Lunatic asylums United Provinces 1899-1908 - 1899-1908
Year: 1899
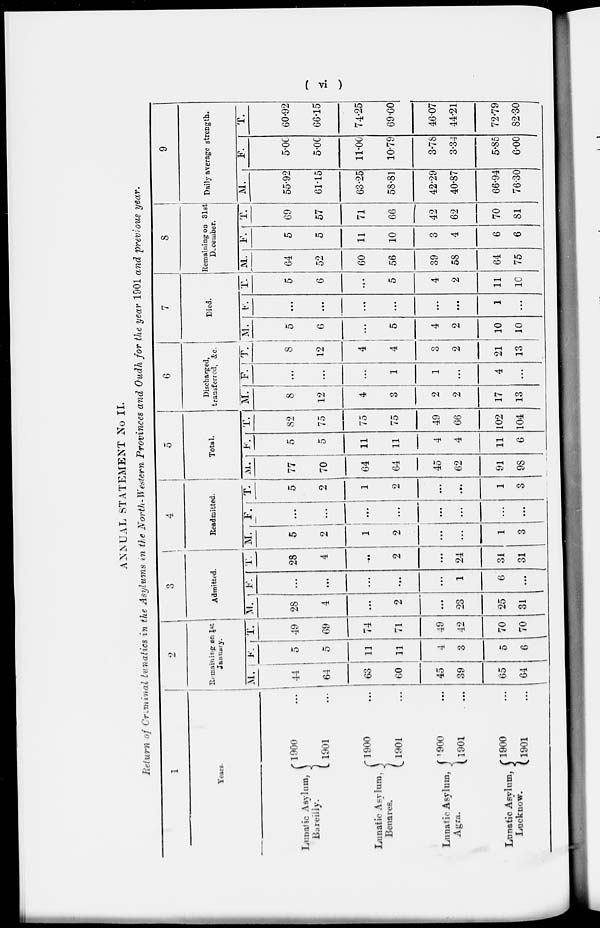
( vi )
ANNUAL STATEMENT No II.
Return of Criminal lunatics in the Asylums in the North-Western Provinces and Oudh for the year 1901 and previous year.
1
Years.
Lunatic Asylum,
Bareilly.
Lunatic Asylum.
Benares.
Lunatic Asylum,
Agra.
Lunatic Asylum,
Lucknow.
1900 ...
1901 ...
1900 ...
1901 ...
1900 ...
1901 ...
1900 ...
1901 ...
2
Remaining on 1st
January.
M.
44
64
63
60
45
39
65
64
F.
5
5
11
11
4
3
5
6
T.
49
69
74
71
49
42
70
70
3
Admitted.
M.
28
4
...
2
...
23
25
31
F.
...
...
...
...
...
1
6
...
T.
28
4
...
2
...
24
31
31
4
Readmitted.
M.
5
2
1
2
...
...
1
3
F.
...
...
...
...
...
...
...
...
T.
5
2
1
2
...
...
1
3
5
Total.
M.
77
70
64
64
45
62
91
98
F.
5
5
11
11
4
4
11
6
T.
82
75
75
75
49
66
102
104
6
Discharged,
transferred, &c.
M.
8
12
4
3
2
2
17
13
F.
...
...
...
1
1
...
4
...
T.
8
12
4
4
3
2
21
13
7
Died.
M.
5
6
...
5
4
2
10
10
F.
...
...
...
...
...
...
1
...
T.
5
6
...
5
4
2
11
10
8
Remaining on 31st
December.
M.
64
52
60
56
39
58
64
75
F.
5
5
11
10
3
4
6
6
T.
69
57
71
66
42
62
70
81
9
Daily average strength.
M.
55.92
61.15
63.25
58.81
42.29
40.87
66.94
76.30
F.
5.00
5.00
11.00
10.79
3.78
3.34
5.85
6.00
T.
60.92
66.15
74.25
69.60
46.07
44.21
72.79
82.30